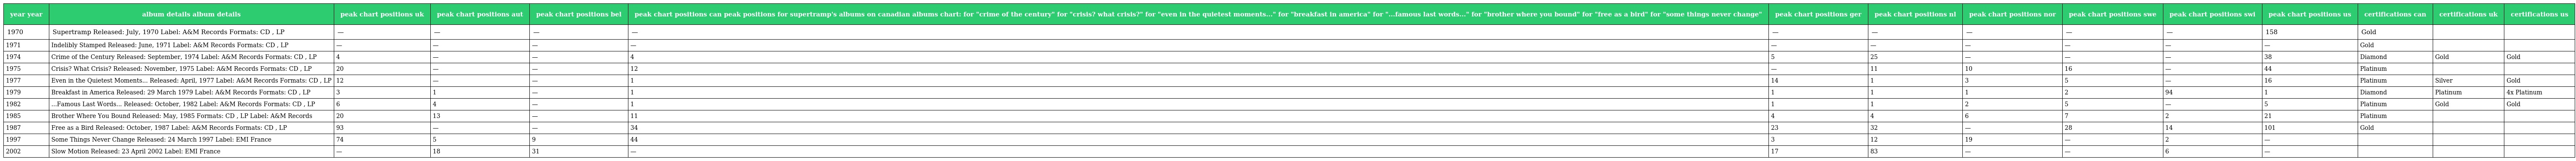
| year year | album details album details | peak chart positions uk | peak chart positions aut | peak chart positions bel | peak chart positions can peak positions for supertramp's albums on canadian albums chart: for "crime of the century" for "crisis? what crisis?" for "even in the quietest moments..." for "breakfast in america" for "...famous last words..." for "brother where you bound" for "free as a bird" for "some things never change" | peak chart positions ger | peak chart positions nl | peak chart positions nor | peak chart positions swe | peak chart positions swi | peak chart positions us | certifications can | certifications uk | certifications us |
 | --- | --- | --- | --- | --- | --- | --- | --- | --- | --- | --- | --- | --- | --- | --- |
 | 1970 | Supertramp Released: July, 1970 Label: A&M Records Formats: CD , LP | — | — | — | — | — | — | — | — | — | 158 | Gold |  |  |
 | 1971 | Indelibly Stamped Released: June, 1971 Label: A&M Records Formats: CD , LP | — | — | — | — | — | — | — | — | — | — | Gold |  |  |
 | 1974 | Crime of the Century Released: September, 1974 Label: A&M Records Formats: CD , LP | 4 | — | — | 4 | 5 | 25 | — | — | — | 38 | Diamond | Gold | Gold |
 | 1975 | Crisis? What Crisis? Released: November, 1975 Label: A&M Records Formats: CD , LP | 20 | — | — | 12 | — | 11 | 10 | 16 | — | 44 | Platinum |  |  |
 | 1977 | Even in the Quietest Moments... Released: April, 1977 Label: A&M Records Formats: CD , LP | 12 | — | — | 1 | 14 | 1 | 3 | 5 | — | 16 | Platinum | Silver | Gold |
 | 1979 | Breakfast in America Released: 29 March 1979 Label: A&M Records Formats: CD , LP | 3 | 1 | — | 1 | 1 | 1 | 1 | 2 | 94 | 1 | Diamond | Platinum | 4x Platinum |
 | 1982 | ...Famous Last Words... Released: October, 1982 Label: A&M Records Formats: CD , LP | 6 | 4 | — | 1 | 1 | 1 | 2 | 5 | — | 5 | Platinum | Gold | Gold |
 | 1985 | Brother Where You Bound Released: May, 1985 Formats: CD , LP Label: A&M Records | 20 | 13 | — | 11 | 4 | 4 | 6 | 7 | 2 | 21 | Platinum |  |  |
 | 1987 | Free as a Bird Released: October, 1987 Label: A&M Records Formats: CD , LP | 93 | — | — | 34 | 23 | 32 | — | 28 | 14 | 101 | Gold |  |  |
 | 1997 | Some Things Never Change Released: 24 March 1997 Label: EMI France | 74 | 5 | 9 | 44 | 3 | 12 | 19 | — | 2 | — |  |  |  |
 | 2002 | Slow Motion Released: 23 April 2002 Label: EMI France | — | 18 | 31 | — | 17 | 83 | — | — | 6 | — |  |  |  |